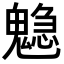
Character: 𩴃